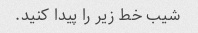
شیب خط زیر را پیدا کنید.